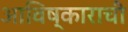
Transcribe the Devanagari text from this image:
आविष्काराची